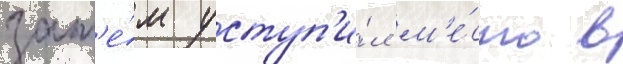
зат'е́м уступ'и́л м'е́сто в